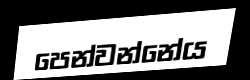
පෙන්වන්නේය